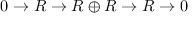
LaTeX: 0 \to R \to R \oplus R \to R \to 0